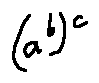
( a ^ { b } ) ^ { c }